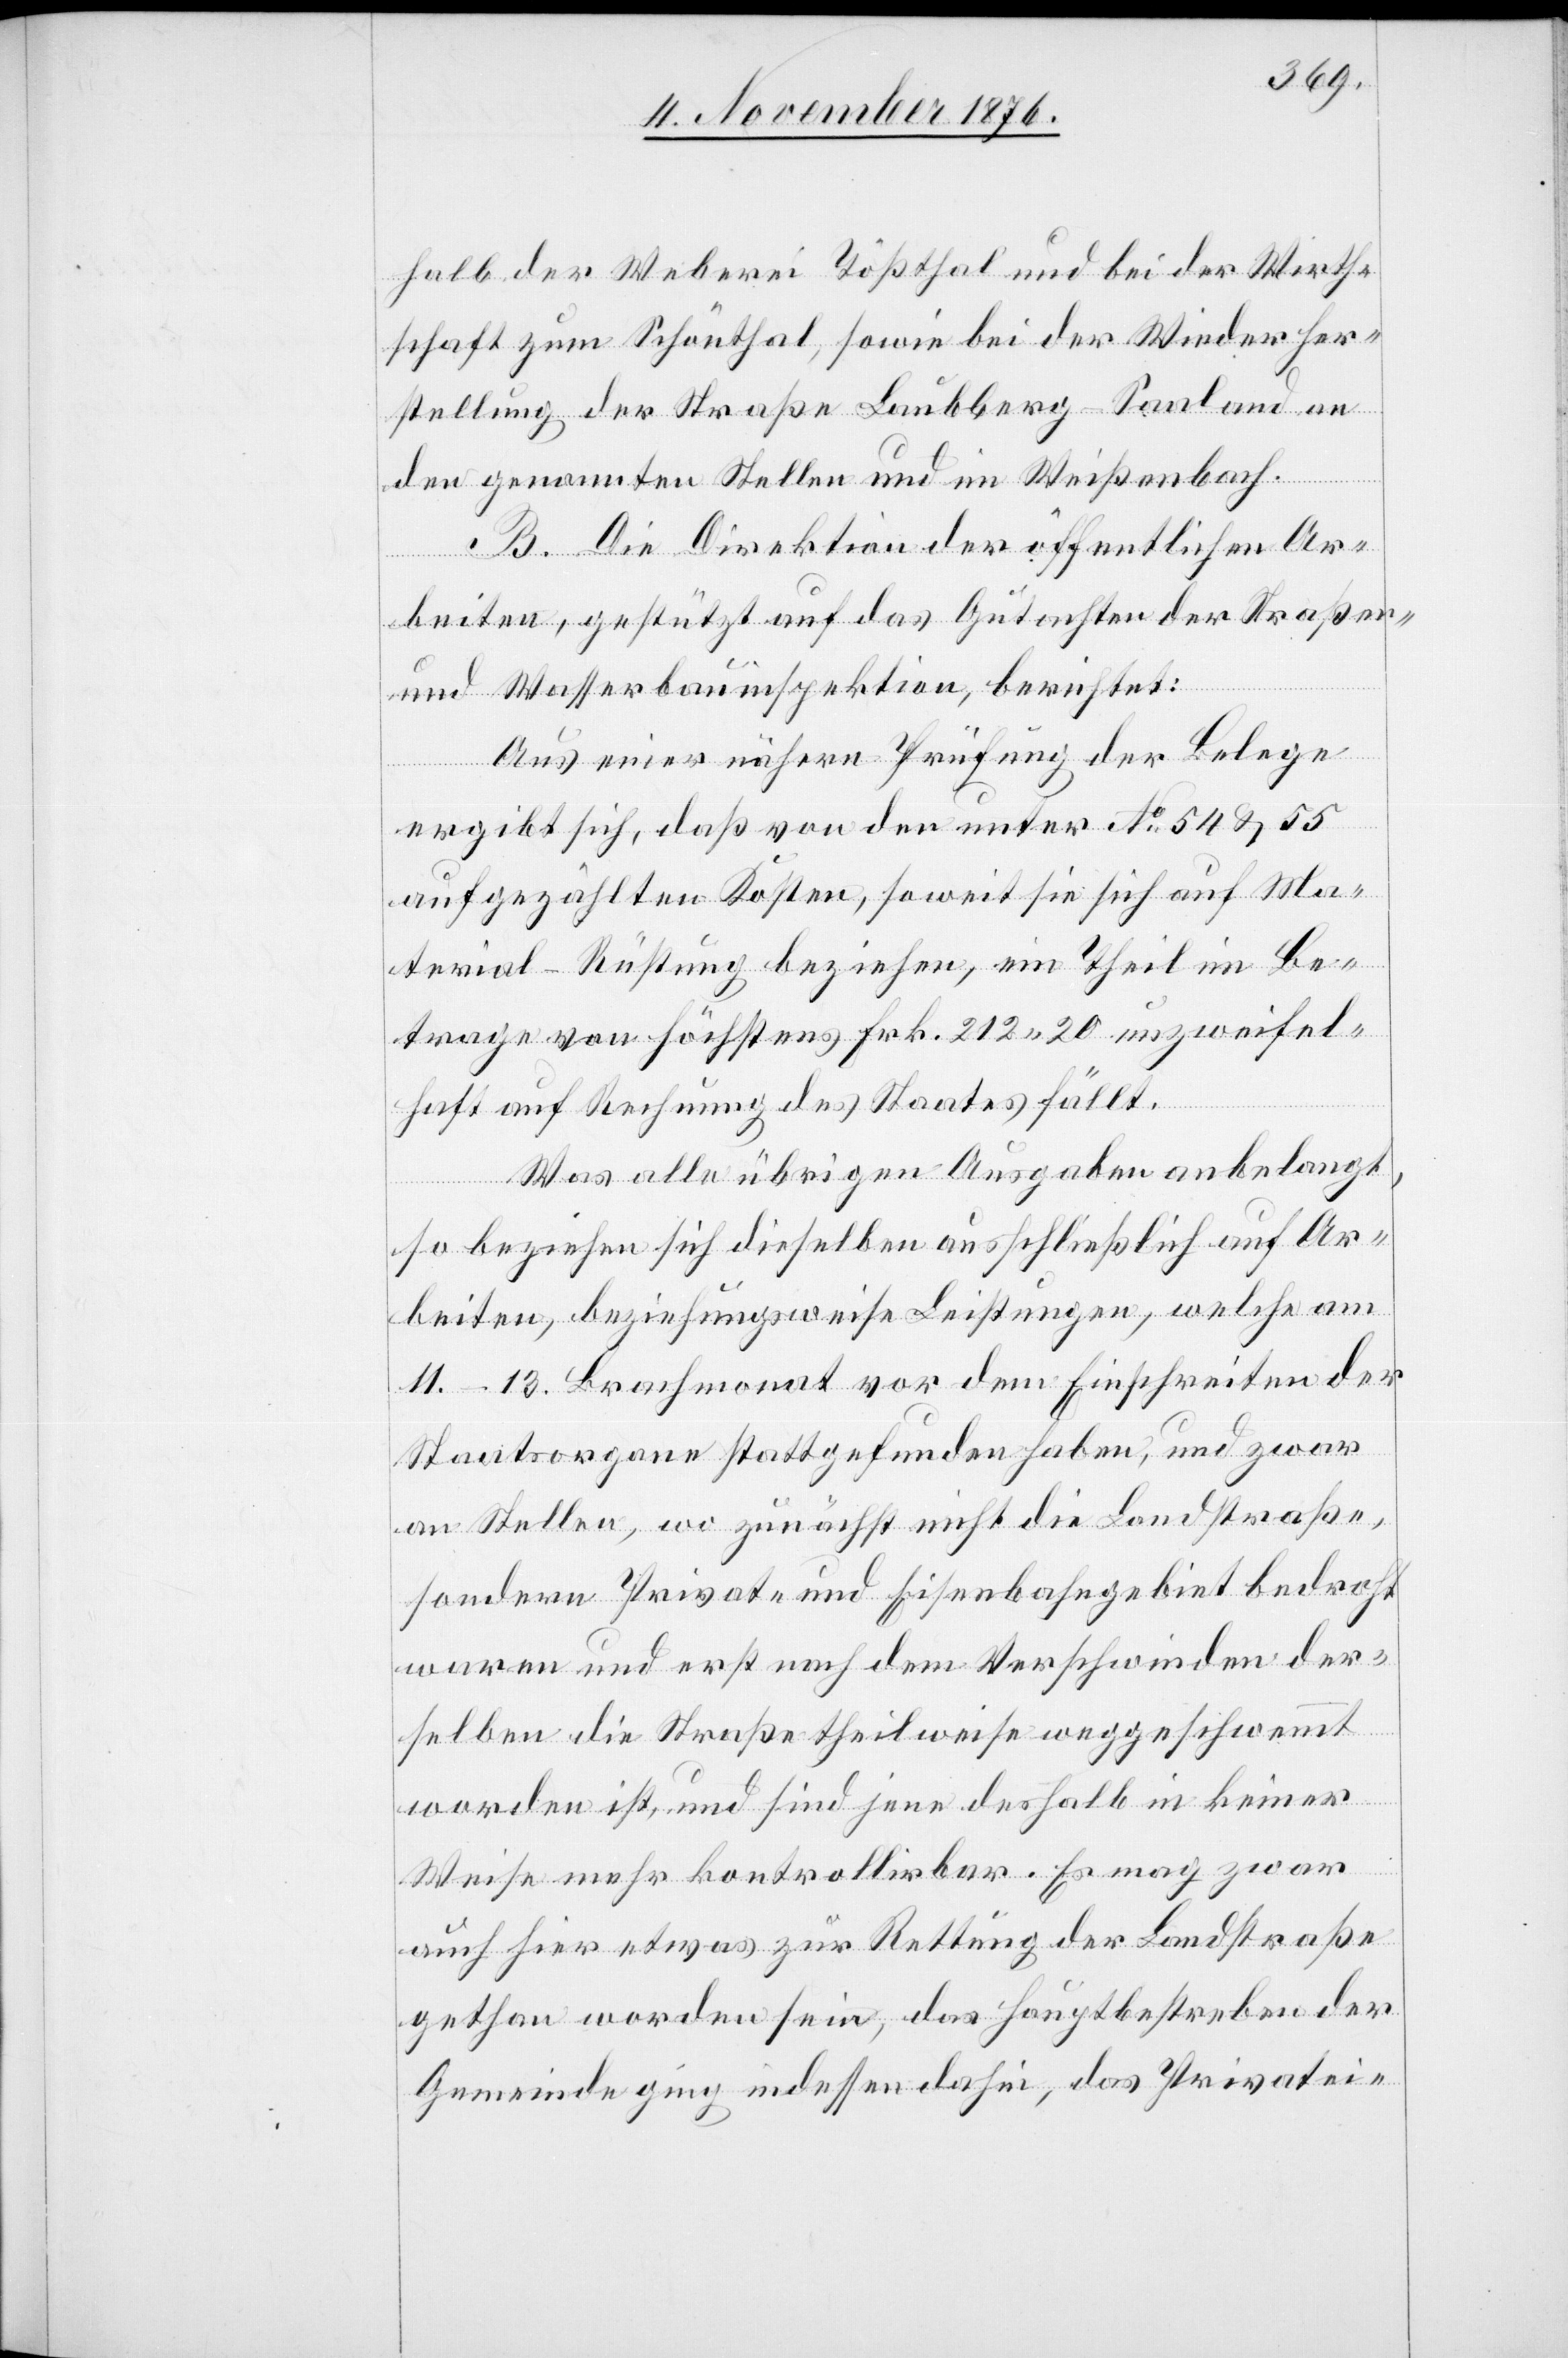
halb der Weberei Thößthal und bei der Wirth¬
schaft zum Schönthal, sowie bei der Wiederher¬
stellung der Straße Laubberg–Saaland an
den genannten Stellen und im Weißenbach.
B. Die Direktion der öffentlichen Ar¬
beiten, gestützt auf das Gutachten der Straßen-
und Wasserbauinspektion, berichtet:
Aus einer nähern Prüfung der Belege
ergibt sich, daß von den unter No 54 & 55
aufgezählten Kosten, soweit sie sich auf Ma¬
terial-Rüstung beziehen, ein Theil im Be¬
trage von höchstens Frk. 212 20 unzweifel¬
haft auf Rechnung des Staates fällt.
Was alle übrigen Ausgaben anbelangt,
so beziehen sich dieselben ausschließlich auf Ar¬
beiten, beziehungsweise Leistungen, welche am
11.–13. Brachmonat vor dem Einschreiten der
Staatsorgane stattgefunden haben, und zwar
an Stellen, wo zunächst nicht die Landstraße,
sondern Privat- und Eisenbahngebiet bedroht
waren und erst nach dem Verschwinden der¬
selben die Straße theilweise weggeschwemmt
worden ist, und sind jene deshalb in keiner
Weise mehr kontrollirbar. Es mag zwar
auch hier etwas zur Rettung der Landstraße
gethan worden sein, das Hauptbestreben der
Gemeinde ging indessen dahin, das Privatei-